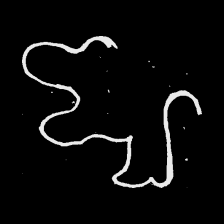
Pyu character \u2014 Myanmar letter: ဈ (romanized: jha)